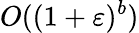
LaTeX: O((1+\varepsilon)^{b})